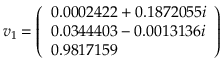
v _ { 1 } = { \left( \begin{array} { l } { 0 . 0 0 0 2 4 2 2 + 0 . 1 8 7 2 0 5 5 i } \\ { 0 . 0 3 4 4 4 0 3 - 0 . 0 0 1 3 1 3 6 i } \\ { 0 . 9 8 1 7 1 5 9 } \end{array} \right) }